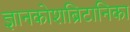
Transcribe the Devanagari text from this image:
ज्ञानकोशब्रिटानिका